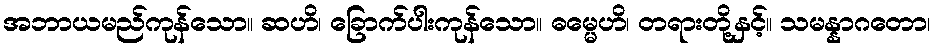
အဘာယမည်ကုန်သော။ ဆဟိ၊ ခြောက်ပါးကုန်သော။ ဓမ္မေဟိ၊ တရားတို့နှင့်။ သမန္နာဂတော၊